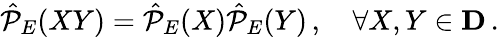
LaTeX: \hat{\cal P}_{E}(XY)=\hat{\cal P}_{E}(X)\hat{\cal P}_{E}(Y)\, ,\quad\forall X,Y\in{\mathbf D}\, .